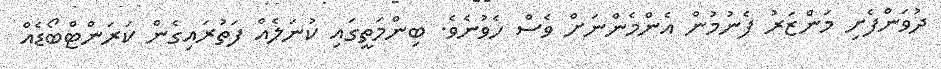
ދުވަންފެށި މަންޒަރު ފެނުމުން އެންމެންނަށް ވެސް ހެވުނެވެ. ބިންމަތީގައި ކުނަލެއް ފަތުރައިގެން ކަރަންޓްބޯޑެއް